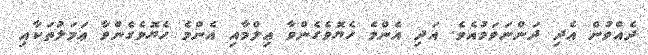
ދެއްވުން އެދި ދަންނަވަމުއެވެ. އަދި އެންމެ ހެޔޮވެގެންވާ ޢިލްމާއި އެންމެ ހެޔޮވެގެންވާ ޢަމަލުތަކާއި